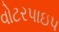
વોટરપાઇપ